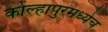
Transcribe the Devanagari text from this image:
कोल्हापुरमध्येच